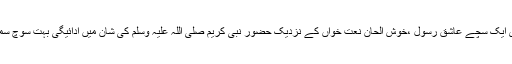
رانا دلدار احمد قادری ایک سچے عاشق رسول ،خوش الحان نعت خواں کے نزدیک حضور نبی کریم صلی اللہ علیہ وسلم کی شان میں ادائیگی بہت سوچ سمجھ کر کرنا چاہیے ۔